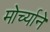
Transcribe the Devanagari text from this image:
मोर्च्याने